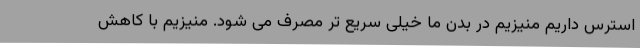
استرس داریم منیزیم در بدن ما خیلی سریع تر مصرف می شود. منیزیم با کاهش